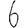
Digit: 6